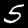
Label: 5